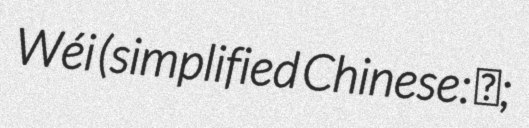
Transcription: Wéi (simplified Chinese: 韦;